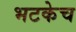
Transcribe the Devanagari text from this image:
भटकेच